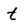
Character: t